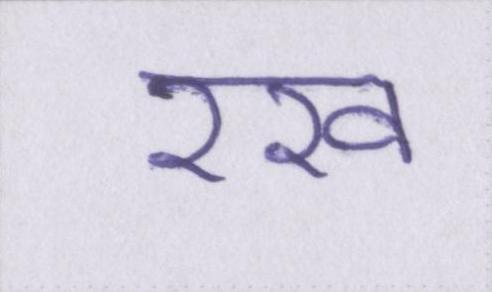
रख